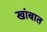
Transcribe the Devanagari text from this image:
खांबात